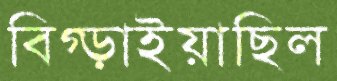
বিগ্‌ড়াইয়াছিল